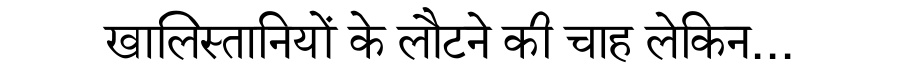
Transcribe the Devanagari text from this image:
खालिस्तानियों के लौटने की चाह लेकिन...